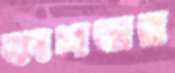
কাশবার